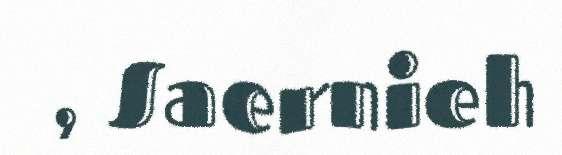
, Saernieh